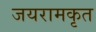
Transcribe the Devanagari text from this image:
जयरामकृत